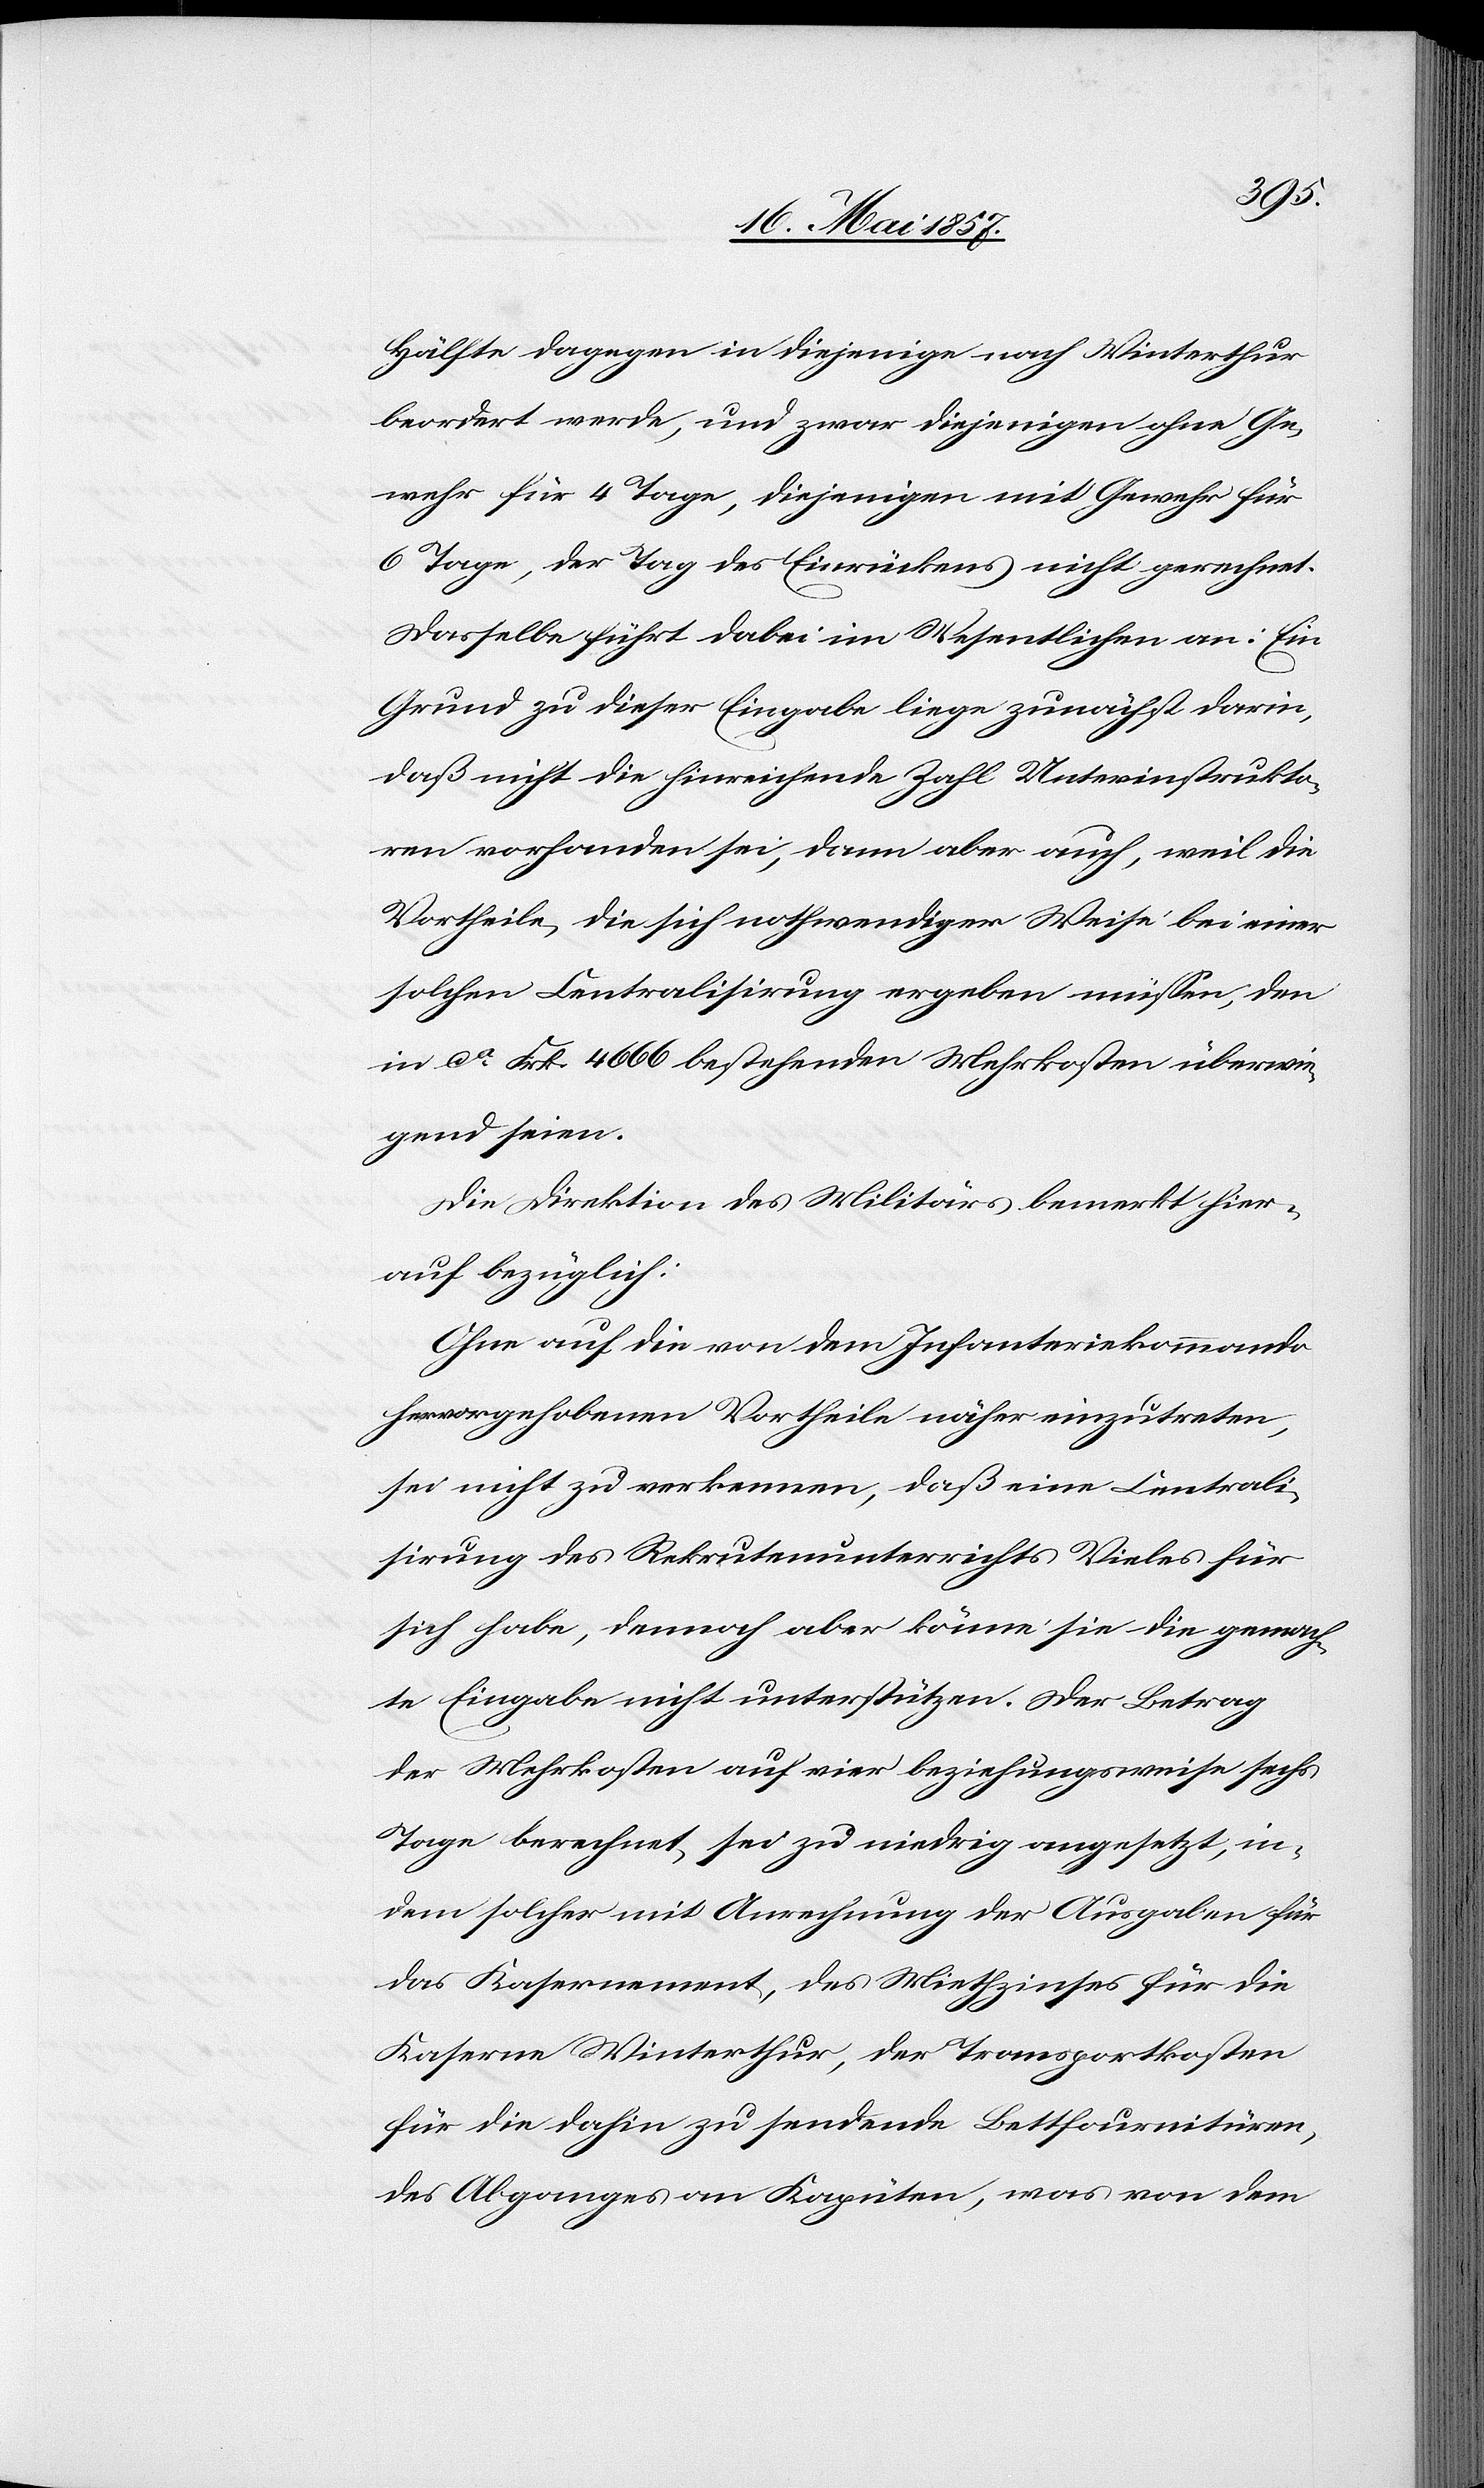
Hälfte dagegen in diejenige nach Winterthur
beordert werde, und zwar diejenigen ohne Ge¬
wehr für 4 Tage, diejenigen mit Gewehr für
6 Tage, der Tag des Einrückens nicht gerechnet.
Dasselbe führt dabei im Wesentlichen an: Ein
Grund zu dieser Eingabe liege zunächst darin,
daß nicht die hinreichende Zahl Unterinstrukto¬
ren vorhanden sei, dann aber auch, weil die
Vortheile, die sich nothwendiger Weise bei einer
solchen Centralisirung ergeben müssen, den
in ca Frk. 4666 bestehenden Mehrkosten überwie¬
gend seien.
Die Direktion des Militärs bemerkt hier¬
auf bezüglich:
Ohne auf die von dem Infanteriekommando
hevorgehobenen Vortheile näher einzutreten,
sei nicht zu verkennen, daß eine Centrali¬
sirung des Rekrutenunterrichts Vieles für
sich habe, dennoch aber könne sie die gemach¬
te Eingabe nicht unterstützen. Der Betrag
der Mehrkosten auf vier beziehungsweise sechs
Tage berechnet, sei zu niedrig angesetzt, in¬
dem solcher mit Anrechnung der Ausgaben für
für die dahin zu sendende Bettfournitüren,
des Abganges an Kapüten, was von dem